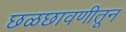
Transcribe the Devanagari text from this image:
छळछावणीतून